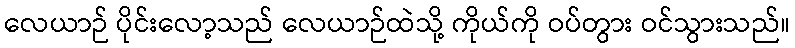
လေယာဉ် ပိုင်းလော့သည် လေယာဉ်ထဲသို့ ကိုယ်ကို ဝပ်တွား ဝင်သွားသည်။